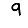
Digit: 9